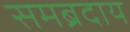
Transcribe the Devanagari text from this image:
समब्रदाय